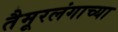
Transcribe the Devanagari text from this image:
तैमूरलंगाच्या